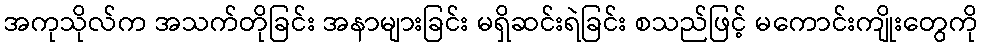
အကုသိုလ်က အသက်တိုခြင်း အနာများခြင်း မရှိဆင်းရဲခြင်း စသည်ဖြင့် မကောင်းကျိုးတွေကို